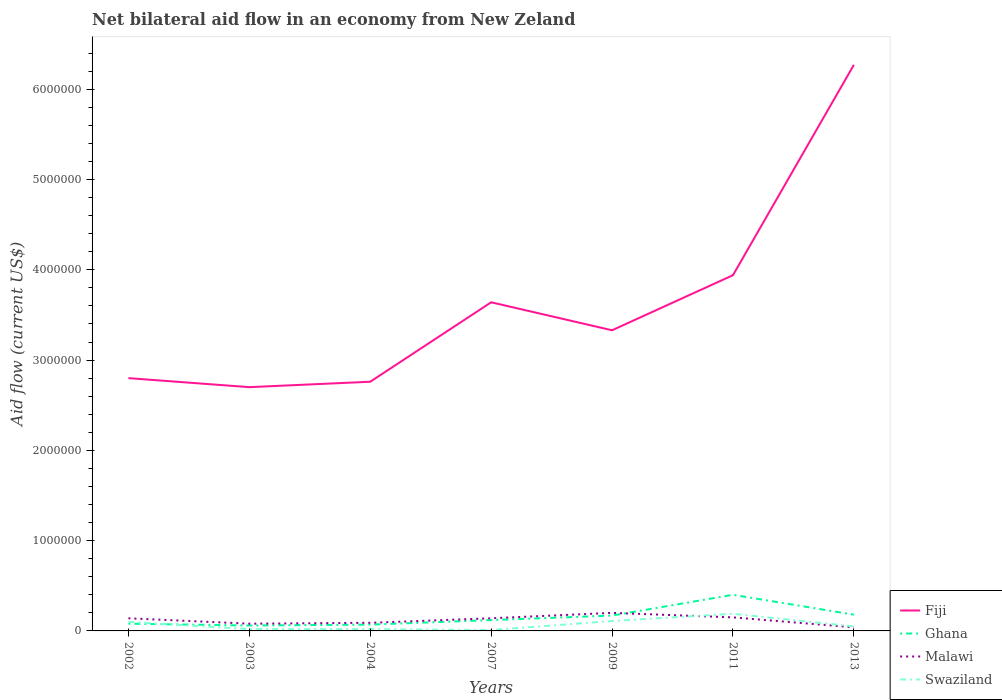
| Years | Fiji | Ghana | Malawi | Swaziland |
 | --- | --- | --- | --- | --- |
 | 2002 | 2.8e+06 | 8e+04 | 1.4e+05 | 1e+05 |
 | 2003 | 2.7e+06 | 6e+04 | 8e+04 | 2e+04 |
 | 2004 | 2.76e+06 | 7e+04 | 9e+04 | 2e+04 |
 | 2007 | 3.64e+06 | 1.2e+05 | 1.4e+05 | 1e+04 |
 | 2009 | 3.33e+06 | 1.7e+05 | 2e+05 | 1.1e+05 |
 | 2011 | 3.94e+06 | 4e+05 | 1.5e+05 | 1.9e+05 |
 | 2013 | 6.27e+06 | 1.8e+05 | 4e+04 | 5e+04 |